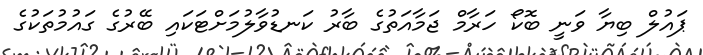
ޕައުލް ބިޔާ ވަނީ ބޮކޯ ހަރާމް ޖަމާއަތުގެ ބާރު ކަނޑުވާލުމަށްޓަކައި ބޭރުގެ ގައުމުތަކުގެ